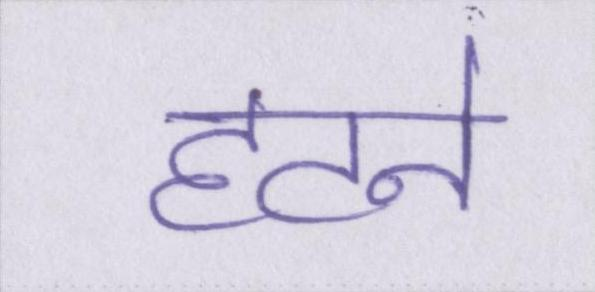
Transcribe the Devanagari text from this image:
हटने